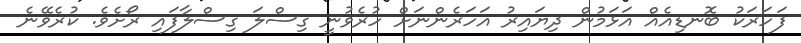
ފަހަރަކު ބޮނޑިއެއް އަޅަމުން ދިޔައިރު އަހަރެންނަށް ހުރެވުނީ ގިސްލަ ގިސްލާފައި ރޯށެވެ. ކުރެވޭނެ